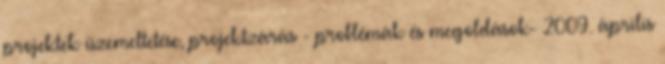
projektek üzemeltetése, projektzárás - problémák és megoldások- 2009. április